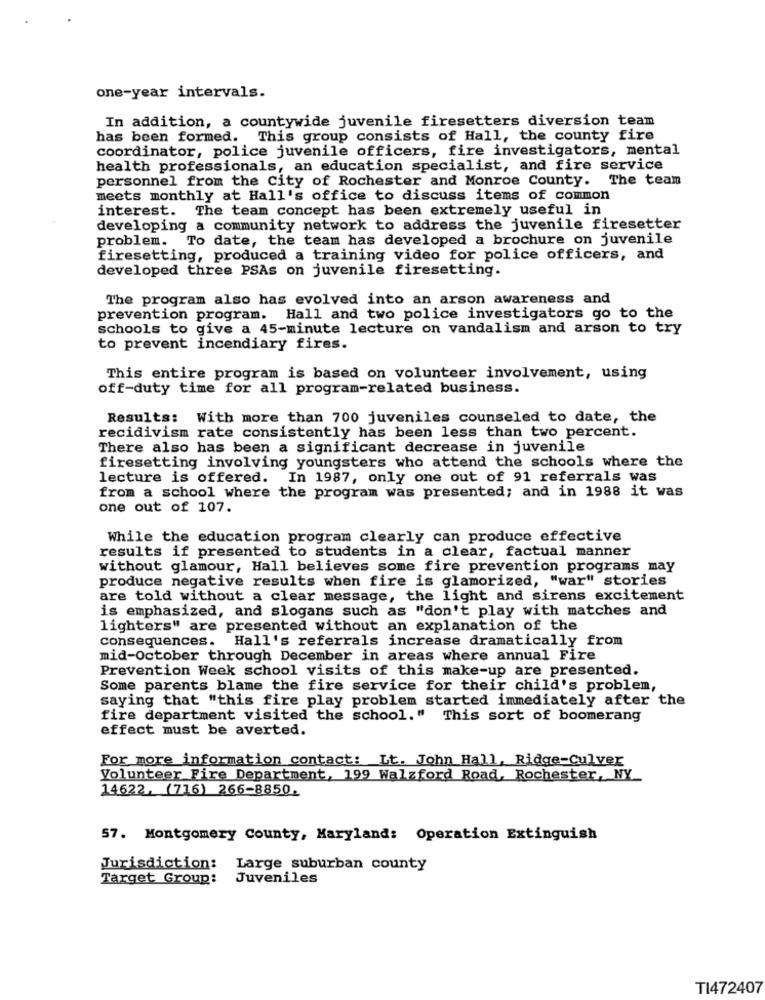
one-year intervals.
In addition, a countywide juvenile firesetters diversion team
has been formed. This group consists of Hall, the county fire
coordinator, police juvenile officers, fire investigators, mental
health professionals, an education specialist, and fire service
personnel from the City of Rochester and Monroe County. The team
meets monthly at Hall's office to discuss items of common
interest. The team concept has been extremely useful in
developing a community network to address the juvenile firesetter
problem. To date, the team has developed a brochure on juvenile
firesetting, produced a training video for police officers, and
developed three PSAs on juvenile firesetting.
The program also has evolved into an arson awareness and
prevention program. Hall and two police investigators go to the
schools to give a 45-minute lecture on vandalism and arson to try
to prevent incendiary fires.
This entire program is based on volunteer involvement, using
off-duty time for all program-related business.
Results: With more than 700 juveniles counseled to date, the
recidivism rate consistently has been less than two percent.
There also has been a significant decrease in juvenile
firesetting involving youngsters who attend the schools where the
lecture is offered. In 1987, only one out of 91 referrals was
from a school where the program was presented; and in 1988 it was
one out of 107.
While the education program clearly can produce effective
results if presented to students in a clear, factual manner
without glamour, Hall believes some fire prevention programs may
produce negative results when fire is glamorized, "war" stories
are told without a clear message, the light and sirens excitement
is emphasized, and slogans such as "don't play with matches and
lighters" are presented without an explanation of the
Consequences. Hall's referrals increase dramatically from
mid-October through December in areas where annual Fire
Prevention Week school visits of this make-up are presented.
Some parents blame the fire service for their child's problem,
saying that "this fire play problem started immediately after the
fire department visited the school." This sort of boomerang
effect must be averted.
For more information contact: Lt. John Hall, Ridge-Culver
Volunteer Fire Department, 199 Walzford Road, Rochester, NY
14622, (716) 266-8850.
57. Montgomery County, Maryland: Operation Extinguish
Jurisdiction:
Large suburban county
Target Group:
Juveniles
TI472407